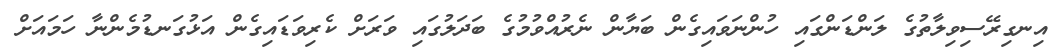
އިނގިރޭސިވިލާތުގެ ލަންޑަންގައި ހުންނަވައިގެން ބަޔާން ނެރުއްވުމުގެ ބަދަލުގައި ވަރަށް ކެރިވަޑައިގެން އަޅުގަނޑުމެންނާ ހަމައަށް